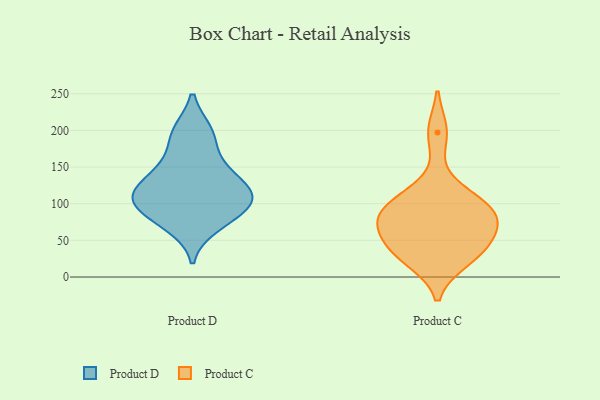
{"axis": {"x": "Revenue (USD Million)", "y": "Value"}, "legend": ["Product C", "Product D"], "data": [{"x": "", "y": 81, "type": "Product D"}, {"x": "", "y": 156, "type": "Product D"}, {"x": "", "y": 70, "type": "Product D"}, {"x": "", "y": 113, "type": "Product D"}, {"x": "", "y": 100, "type": "Product D"}, {"x": "", "y": 121, "type": "Product D"}, {"x": "", "y": 120, "type": "Product D"}, {"x": "", "y": 198, "type": "Product D"}, {"x": "", "y": 109, "type": "Product D"}, {"x": "", "y": 94, "type": "Product D"}, {"x": "", "y": 195, "type": "Product D"}, {"x": "", "y": 145, "type": "Product D"}, {"x": "", "y": 112, "type": "Product C"}, {"x": "", "y": 72, "type": "Product C"}, {"x": "", "y": 85, "type": "Product C"}, {"x": "", "y": 32, "type": "Product C"}, {"x": "", "y": 50, "type": "Product C"}, {"x": "", "y": 79, "type": "Product C"}, {"x": "", "y": 103, "type": "Product C"}, {"x": "", "y": 83, "type": "Product C"}, {"x": "", "y": 197, "type": "Product C"}, {"x": "", "y": 38, "type": "Product C"}, {"x": "", "y": 24, "type": "Product C"}]}